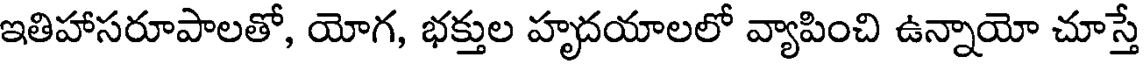
ఇతిహాసరూపాలతో, యోగ, భక్తుల హృదయాలలో వ్యాపించి ఉన్నాయో చూస్తే